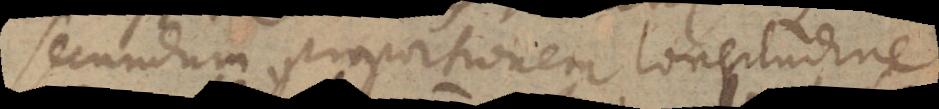
secundum proportionem longitudine